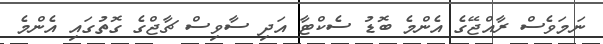
ނަމަވެސް ރާއްޖޭގެ އެންމެ ބޮޑު ސެކްޓާ އަދި ސާވިސް ޗާޖްގެ ގޮތުގައި އެންމެ